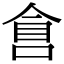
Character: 𠋑